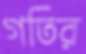
গতির